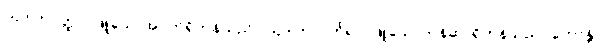
ဩဒါတဝတ္ထာ၊ ဖြူသောအဝတ်ရှိကုန်သည်။ ဩဒါတလင်္ကရာ၊ ဖြူသောတန်ဆာရှိကုန်သည်။ ဟောန္တိ၊